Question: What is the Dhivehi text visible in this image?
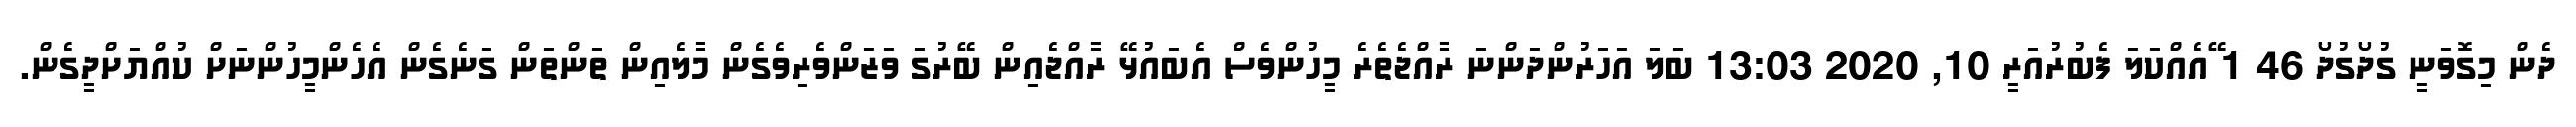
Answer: ދެން މިގޮވަނީ ގުދޯގުދޯ 46 1 ޭއެއްކަލަ ފެބުރުއަރީ 10, 2020 13:03 ބަލަ އަހަރުންދަންނަ ރާއްޖެތެރެ މީހުންވެސް އެބައުޅޭ ރާއްޖެއިން ބޭރުގަ ވަޒަންވެރިވެގެން މާލެއިން ތަންތަން ގަނެގެން އެހެންމީހުންނަށް ކުއްޔަށްދީގެން.